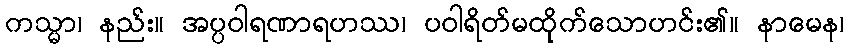
ကသ္မာ၊ နည်း။ အပ္ပဝါရဏာရဟဿ၊ ပဝါရိတ်မထိုက်သောဟင်း၏။ နာမေန၊